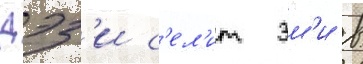
Дэз'и с'ел'ит эм'и в